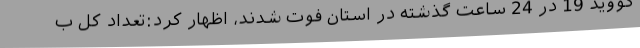
کووید 19 در 24 ساعت گذشته در استان فوت شدند، اظهار کرد:تعداد کل ب